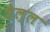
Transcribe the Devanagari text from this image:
डेल्ल